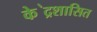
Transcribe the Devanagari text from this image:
के॓द्रशासित